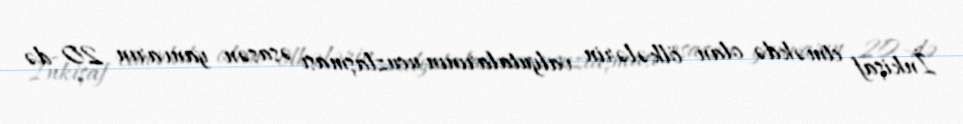
İnkişaf etməkdə olan ölkələrin valyutalarının ucuzlaşması əsasən yanvarın 20-də